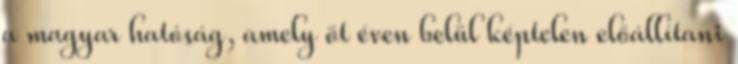
a magyar hatóság, amely öt éven belül képtelen előállítani